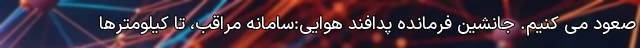
صعود می کنیم. جانشین فرمانده پدافند هوایی:سامانه مراقب، تا کیلومترها